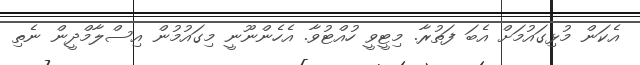
އެކަން މުޅިގައުމަށް އެބަ ފަތުރާ. މިޓީވީ ހުއްޓުވާ. އެހެންނޫނީ މިގައުމުން އިސްލާމްދީން ނެތި